Subject: cs
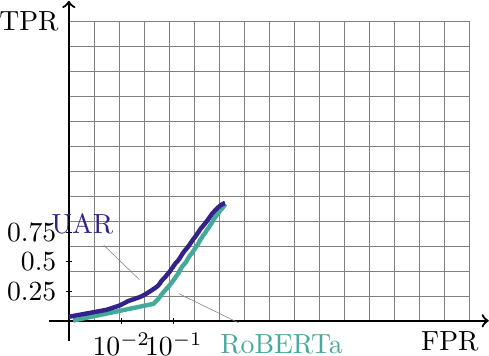
LaTeX code:
\begin{tikzpicture}[scale=1.0,pin distance=0.5cm]
\draw[step=0.125in,gray,very thin] (0,0) grid (2.0in,1.5in);
\draw[thick,->] (-0.1in,0) -- (2.1in,0) node[below left] {FPR};
\draw[thick,->] (0,-0.1in) -- (0,1.6in) node[below left] {TPR};
\foreach \y/\l in {0.25,0.5,0.75}
\draw (1pt,3*\y/2) -- (-1pt,3*\y/2) node[left] {\y};
\definecolor{c0}{RGB}{51,34,136}
\definecolor{c1}{RGB}{68,170,153}
\definecolor{c2}{RGB}{136,204,238}
\definecolor{c3}{RGB}{17,119,51}
\definecolor{c4}{RGB}{153,153,51}
\draw (1.3333333333333333,1pt) -- (1.3333333333333333,-1pt) node[below] {$10^{-1}$};
\draw (0.6666666666666666,1pt) -- (0.6666666666666666,-1pt) node[below] {$10^{-2}$};

\draw[c1,ultra thick]
(0.054,0.003) -- (1.073,0.215) -- (1.134,0.275) -- (1.175,0.329) -- (1.205,0.367) -- (1.237,0.403) -- node[pin=320:RoBERTa]{} (1.264,0.430) -- (1.289,0.464) -- (1.311,0.491) -- (1.330,0.517) -- (1.347,0.541) -- (1.364,0.567) -- (1.380,0.586) -- (1.395,0.610) -- (1.405,0.630) -- (1.415,0.649) -- (1.426,0.666) -- (1.437,0.685) -- (1.447,0.698) -- (1.457,0.709) -- (1.468,0.723) -- (1.479,0.735) -- (1.489,0.748) -- (1.497,0.762) -- (1.506,0.777) -- (1.515,0.794) -- (1.525,0.809) -- (1.533,0.823) -- (1.543,0.835) -- (1.553,0.846) -- (1.562,0.857) -- (1.570,0.870) -- (1.578,0.883) -- (1.587,0.895) -- (1.595,0.907) -- (1.604,0.919) -- (1.612,0.933) -- (1.620,0.945) -- (1.627,0.954) -- (1.635,0.964) -- (1.641,0.975) -- (1.649,0.991) -- (1.655,1.002) -- (1.662,1.014) -- (1.668,1.027) -- (1.675,1.036) -- (1.682,1.047) -- (1.689,1.057) -- (1.696,1.067) -- (1.702,1.079) -- (1.709,1.089) -- (1.719,1.099) -- (1.726,1.109) -- (1.732,1.118) -- (1.738,1.128) -- (1.744,1.137) -- (1.749,1.148) -- (1.756,1.156) -- (1.763,1.165) -- (1.769,1.173) -- (1.776,1.182) -- (1.781,1.191) -- (1.787,1.200) -- (1.792,1.210) -- (1.797,1.217) -- (1.802,1.223) -- (1.808,1.232) -- (1.814,1.240) -- (1.819,1.249) -- (1.824,1.257) -- (1.829,1.266) -- (1.834,1.276) -- (1.838,1.285) -- (1.844,1.292) -- (1.850,1.301) -- (1.855,1.308) -- (1.861,1.316) -- (1.866,1.324) -- (1.872,1.332) -- (1.877,1.339) -- (1.883,1.347) -- (1.889,1.356) -- (1.895,1.363) -- (1.901,1.370) -- (1.906,1.377) -- (1.912,1.385) -- (1.916,1.392) -- (1.923,1.400) -- (1.927,1.407) -- (1.934,1.414) -- (1.940,1.421) -- (1.947,1.429) -- (1.952,1.435) -- (1.958,1.442) -- (1.963,1.448) -- (1.968,1.456) -- (1.972,1.461) -- (1.977,1.468) -- (1.982,1.474) -- (1.988,1.482);

\draw[c0,ultra thick]
(0.000,0.051) -- (0.478,0.139) -- (0.645,0.194) -- (0.760,0.253) -- (0.841,0.280) -- (0.906,0.303) -- (0.967,0.334) -- (1.006,0.358) -- (1.042,0.381) node[pin=120:UAR]{}-- (1.076,0.404) -- (1.106,0.424) -- (1.134,0.446) -- (1.156,0.474) -- (1.176,0.505) -- (1.197,0.528) -- (1.218,0.548) -- (1.235,0.569) -- (1.252,0.591) -- (1.269,0.609) -- (1.285,0.630) -- (1.299,0.654) -- (1.315,0.671) -- (1.329,0.693) -- (1.342,0.712) -- (1.356,0.731) -- (1.371,0.748) -- (1.385,0.762) -- (1.397,0.778) -- (1.409,0.796) -- (1.420,0.813) -- (1.430,0.829) -- (1.439,0.843) -- (1.448,0.858) -- (1.458,0.871) -- (1.467,0.883) -- (1.476,0.894) -- (1.486,0.907) -- (1.498,0.920) -- (1.508,0.932) -- (1.517,0.944) -- (1.526,0.955) -- (1.533,0.967) -- (1.542,0.980) -- (1.551,0.993) -- (1.563,1.010) -- (1.576,1.030) -- (1.591,1.049) -- (1.605,1.067) -- (1.612,1.077) -- (1.619,1.087) -- (1.626,1.097) -- (1.632,1.108) -- (1.640,1.117) -- (1.648,1.129) -- (1.654,1.139) -- (1.660,1.149) -- (1.667,1.158) -- (1.674,1.169) -- (1.681,1.177) -- (1.688,1.186) -- (1.696,1.194) -- (1.703,1.204) -- (1.710,1.211) -- (1.717,1.219) -- (1.724,1.228) -- (1.730,1.236) -- (1.735,1.245) -- (1.742,1.252) -- (1.749,1.260) -- (1.755,1.268) -- (1.761,1.278) -- (1.768,1.286) -- (1.773,1.295) -- (1.779,1.302) -- (1.785,1.311) -- (1.790,1.319) -- (1.796,1.326) -- (1.802,1.334) -- (1.809,1.342) -- (1.814,1.352) -- (1.820,1.360) -- (1.827,1.368) -- (1.834,1.376) -- (1.841,1.383) -- (1.850,1.395) -- (1.867,1.412) -- (1.877,1.420) -- (1.882,1.427) -- (1.889,1.433) -- (1.895,1.439) -- (1.903,1.445) -- (1.909,1.451) -- (1.915,1.457) -- (1.923,1.463) -- (1.932,1.469) -- (1.942,1.476) -- (1.954,1.480) -- (1.963,1.486) -- (1.972,1.492) -- (1.983,1.495);

\end{tikzpicture}